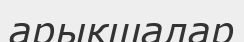
арықшалар